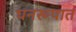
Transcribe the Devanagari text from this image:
घनरूपात